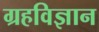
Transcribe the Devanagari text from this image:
ग्रहविज्ञान